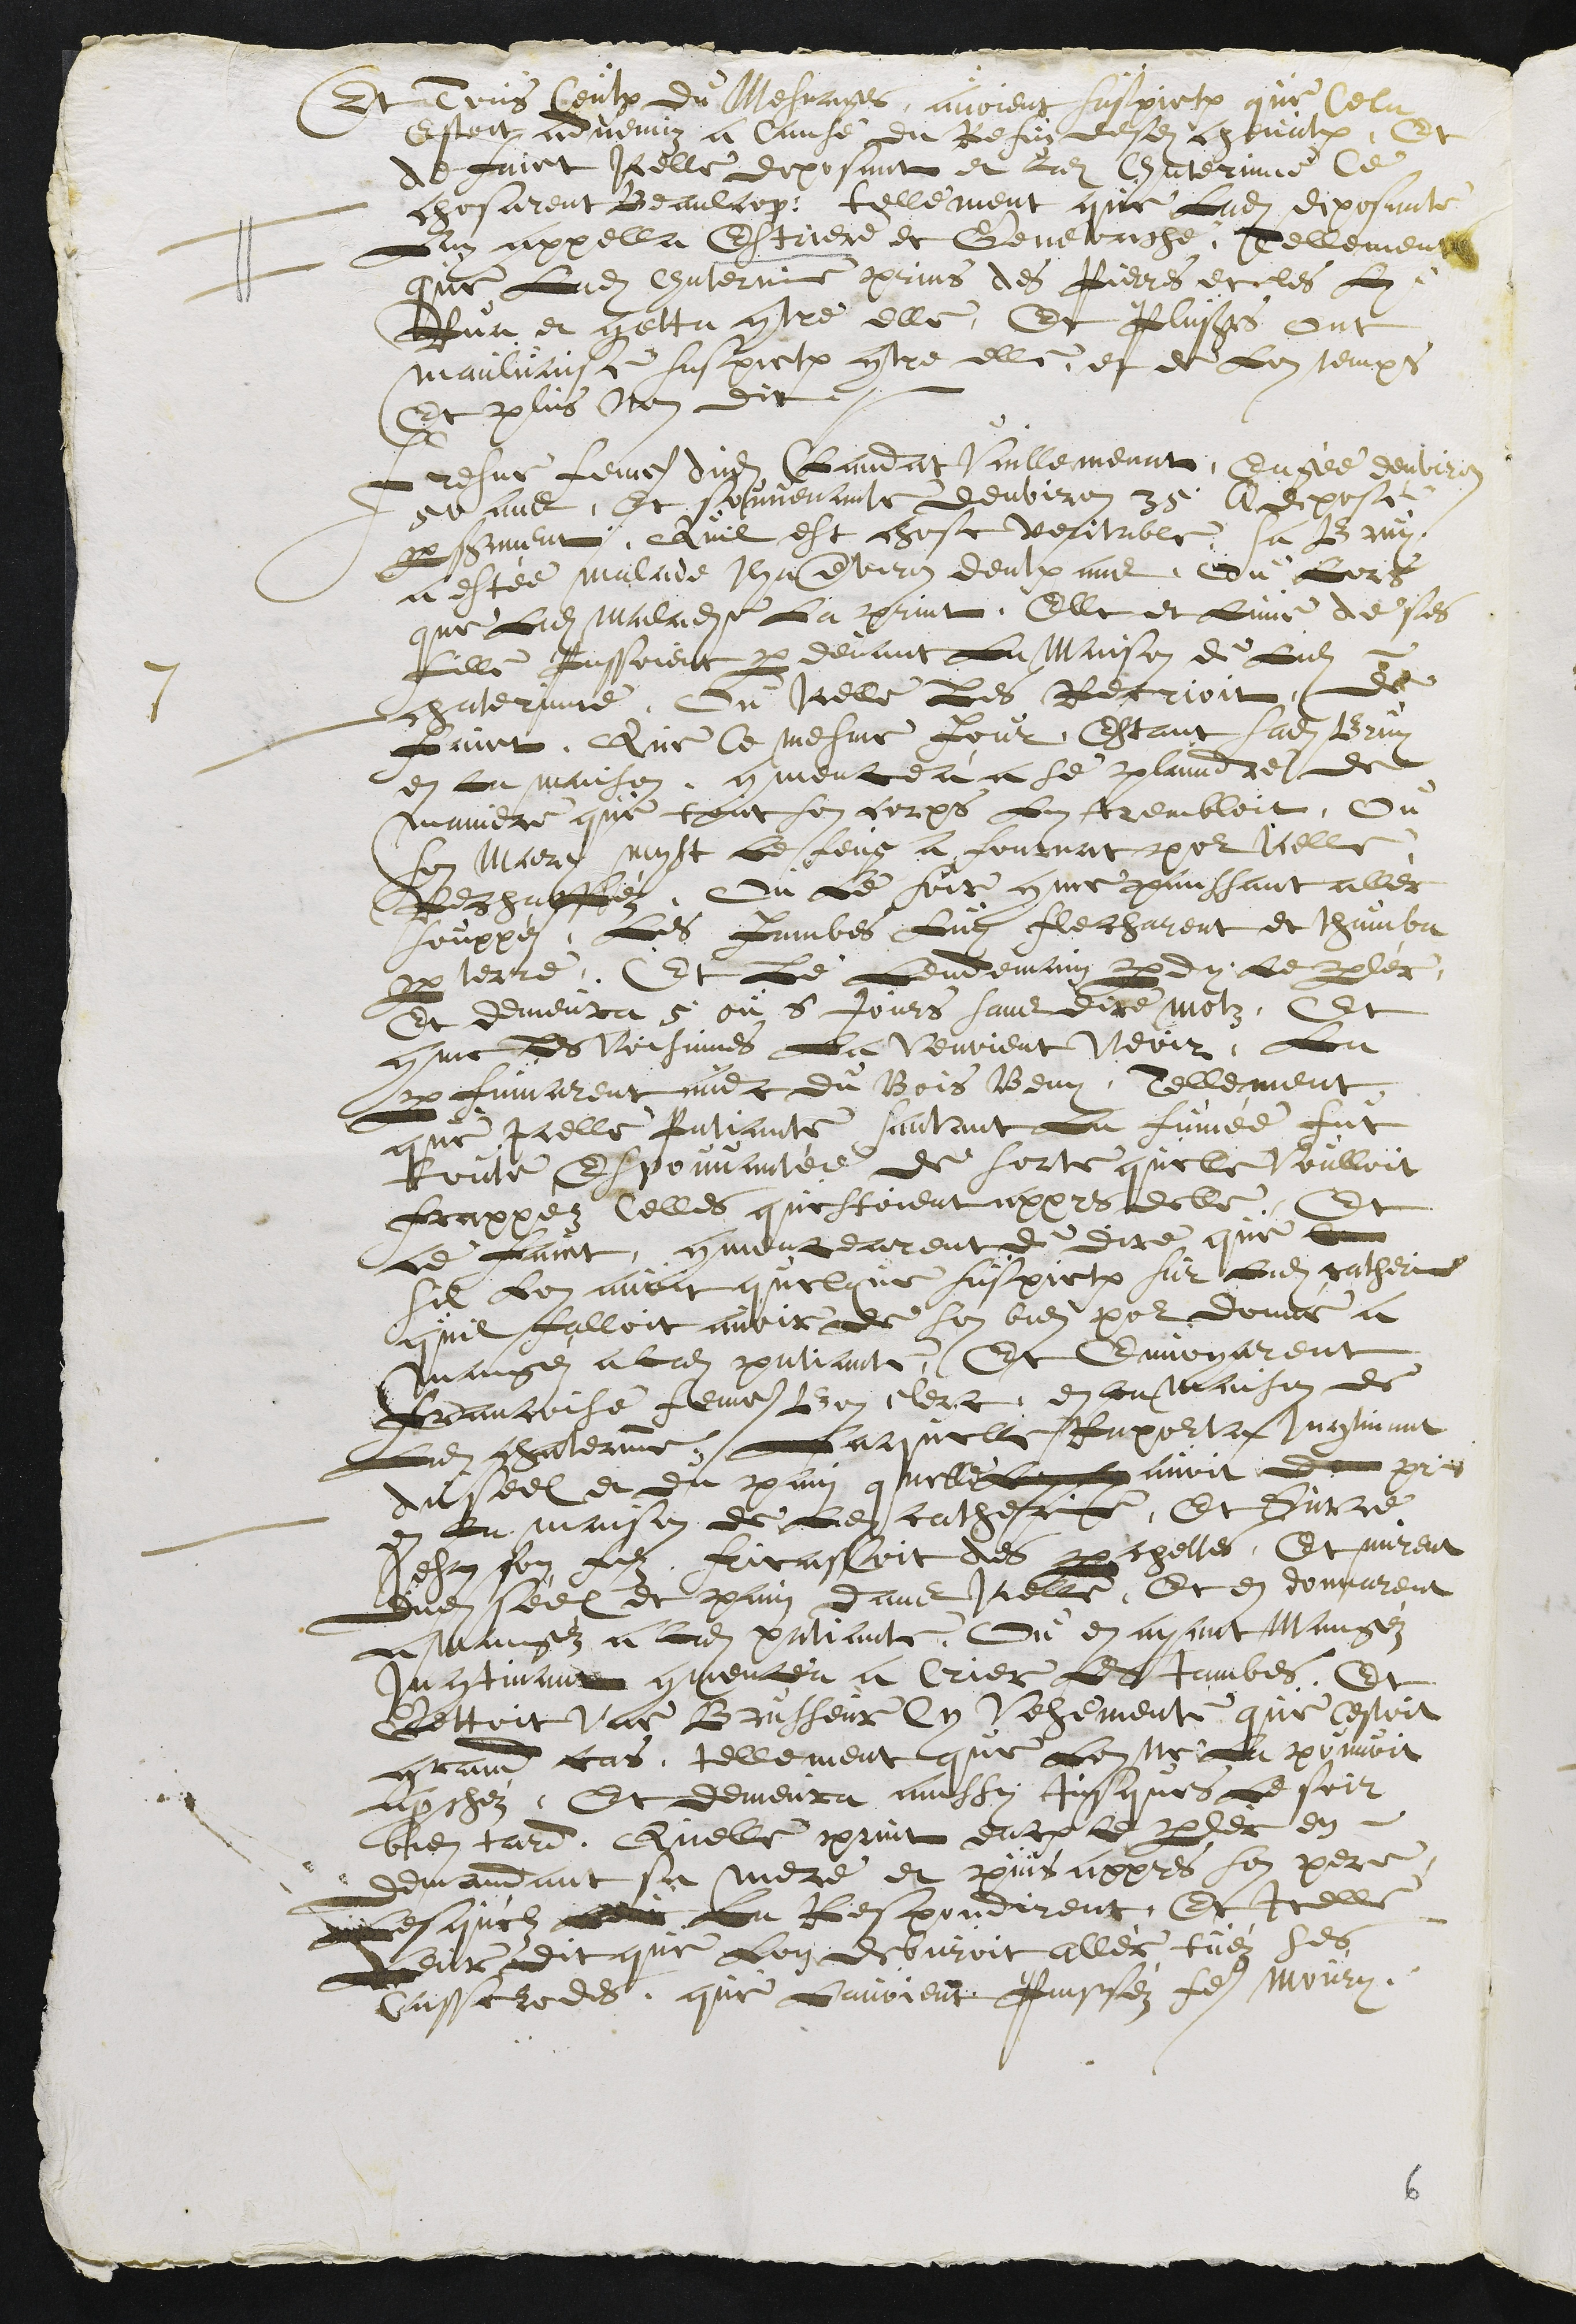
Et Tous Ceulx du mesnages, avoient suspiction que Cela
estoit advenuz a Cause du Refus de ses chevalx, Et
de faict Icelle deposante et ladite Chaterinne Ce
chosarent Beaulcop, tellement que Ladite deposante
Len appella Estriere et Genevache, Tellement
que Ladite Chaterinne prins des pierres et les Luy
Rua et getta contre elle, Et plusieurs ont
maulvaise suspiction contre elle et de Lon temps
Et plus nen dit
7
Fresne femme dudit Claudat Vuillemenat, Eagée denviron
50 ans, Et souvenante denviron 35 a deposé
par serment, Quil est chose veritable, sa Bruy
a estée malade Il y a environ deulx ans, ou lors
que Ladite maladie La print, Elle et lune de ses
fille passoient par devant La Maison de Ladite
chaterinne, Ou Icelle Les Recrioit, de
faict, Que le mesme Jour, Estant sadite Bruy
en La maison, commencea a se plaindre de
maniere que tout son corps Luy trembloit, Ou
son Mary myst Le feug a fournat pour Icelle
Rechafféz. Ou Le soir comme panssant allér
souppéz, Les Jambes Luy flecharent et thumba
par terre. Et Le Lendemain perdy le parlér.
Et demeura 5 ou 6 Jours sans dire motz, Et
comme Les Voisinnes La Venoient Veoir, La
parfumarent avec du Bois Beny, Tellement
que Icelle patiante santant La fumée fut
toute Espouvantée de sorte quelle Voulloit
frappez Celles questoient appres delle, Et
ce faict, commencearent de dire que l
sil Lon avoit quelque suspiction sur Ladite catherine
quil falloit avoir de son bien pour donné a
mangéz a ladite patiante, Et envoyarent
francoise femme Bon clerc, en la maison de
Ladite chaterinne Laquelle Rapporta Incontinant
du seel et du pain quelle Luy ?? avoit d?? pris
en la maison de Ladite catherine, Et Sur ce
Jehan son filz fricassoit des perchettes, Et mirent
dudit séel et pain dans Icelle, Et en donnarent
a mangéz a ladite patiante, Ou en ayant mangéz
Incontinant commencea a Crier Les Jambes, Et
Gettoit une Brusleur Cy Vehement que Cestoit
grand cas, tellement que Lon ne pouvoit
aprochéz, Et demeura ainssy Jusques Le soir
bien tard, Quelle print encore Le parlér en
demandant sa mere et puis appres son pere,
Lesquelz ??? La Respondirent, Et Icelle
Leur dit que Lon debvroit allér tuéz ses
Casserodes, que Lavoient pansséz faire moury.